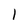
Character: 1